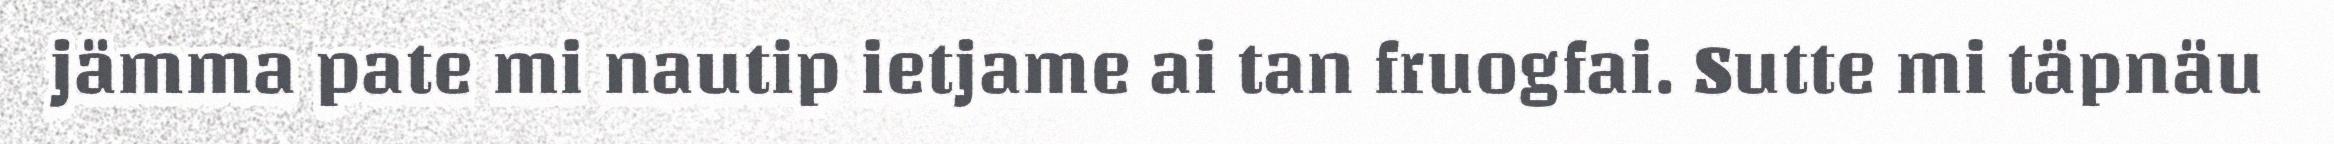
jämma pate mi nautip ietjame ai tan fruogfai. Sutte mi täpnäu